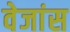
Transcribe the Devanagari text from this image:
वेजांस